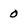
Character: 0